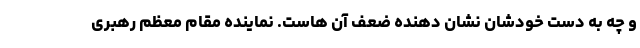
و چه به دست خودشان نشان دهنده ضعف آن هاست. نماینده مقام معظم رهبری